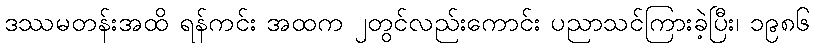
ဒဿမတန်းအထိ ရန်ကင်း အထက ၂တွင်လည်းကောင်း ပညာသင်ကြားခဲ့ပြီး၊ ၁၉၈၆